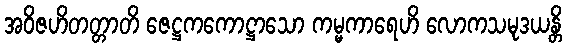
အဝိဇဟိတတ္တာတိ ဇေဋ္ဌကကောဋ္ဌာသော ကမ္မကာရေဟိ လောကသမုဒယန္တိ